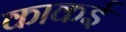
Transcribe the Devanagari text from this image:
काकई